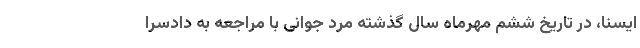
ایسنا، در تاریخ ششم مهرماه سال گذشته مرد جوانی با مراجعه به دادسرا